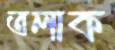
তলাক